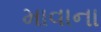
માવાના